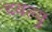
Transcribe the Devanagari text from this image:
दबल्यु